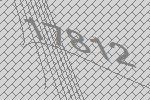
17812